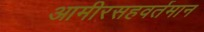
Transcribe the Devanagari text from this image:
आमीरसहवर्तमान